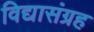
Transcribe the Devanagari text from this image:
विद्यासंग्रह